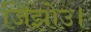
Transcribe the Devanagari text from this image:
जिझोउ।